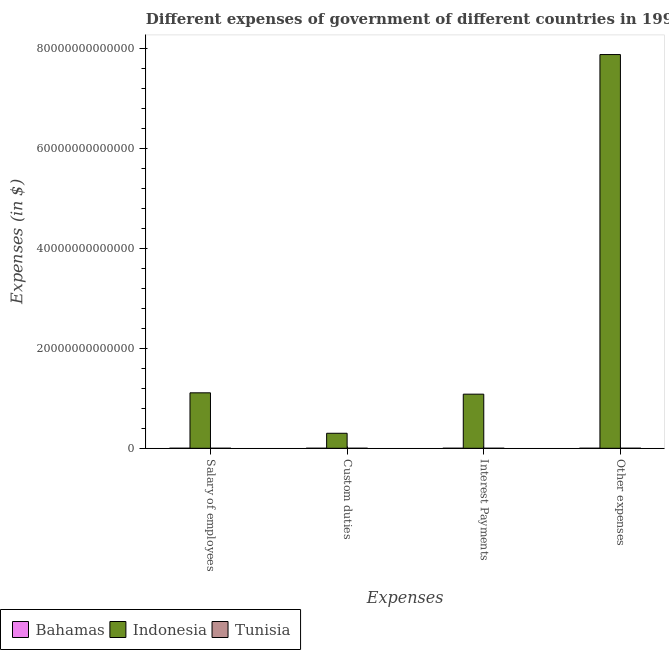
| Expenses | Bahamas | Indonesia | Tunisia |
 | --- | --- | --- | --- |
 | Salary of employees | 3.67e+08 | 1.11e+13 | 2.32e+09 |
 | Custom duties | 3.46e+08 | 3e+12 | 8.49e+08 |
 | Interest Payments | 9.4e+07 | 1.08e+13 | 7.89e+08 |
 | Other expenses | 7.12e+08 | 7.87e+13 | 5.76e+09 |